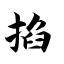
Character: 掐